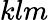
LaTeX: klm